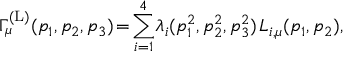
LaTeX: \Gamma _ { \mu } ^ { ( \mathrm { L } ) } ( p _ { 1 } , p _ { 2 } , p _ { 3 } ) \! = \! \sum _ { i = 1 } ^ { 4 } \! \lambda _ { i } ( p _ { 1 } ^ { 2 } , p _ { 2 } ^ { 2 } , p _ { 3 } ^ { 2 } ) \; \! L _ { i , \mu } ( p _ { 1 } , p _ { 2 } ) ,